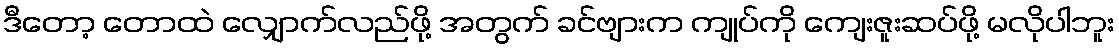
ဒီတော့ တောထဲ လျှောက်လည်ဖို့ အတွက် ခင်ဗျားက ကျုပ်ကို ကျေးဇူးဆပ်ဖို့ မလိုပါဘူး